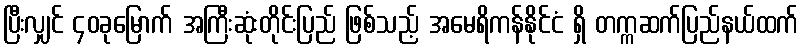
ပြီးလျှင် ၄၀ခုမြောက် အကြီးဆုံးတိုင်းပြည် ဖြစ်သည့် အမေရိကန်နိုင်ငံ ရှိ တက္ကဆက်ပြည်နယ်ထက်